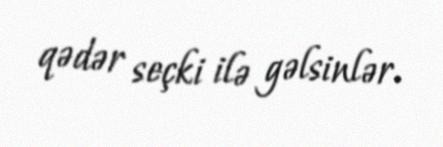
qədər seçki ilə gəlsinlər.